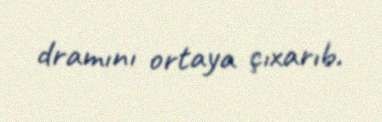
dramını ortaya çıxarıb.